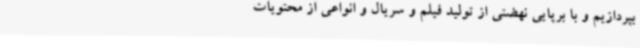
بپردازیم و با برپایی نهضتی از تولید فیلم و سریال و انواعی از محتویات